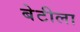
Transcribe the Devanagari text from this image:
बेटीला